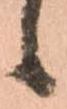
候